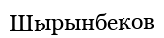
Шырынбеков